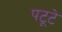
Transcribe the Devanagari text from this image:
पटूटे